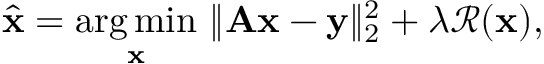
\begin{array} { r } { \hat { \mathbf { x } } = \underset { \mathbf { x } } { \arg \operatorname* { m i n } } ~ \| \mathbf A \mathbf { x } - \mathbf { y } \| _ { 2 } ^ { 2 } + \lambda \mathcal { R } ( \mathbf { x } ) , } \end{array}